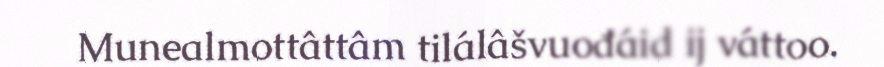
Munealmottâttâm tilálâšvuođáid ij váttoo.